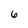
Character: 6